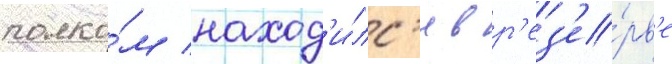
полко́м наход'и́лс'я в р'ез'е́рв'е